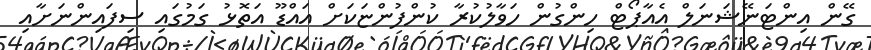
ގޭން އިންޓަނޭޝަނަލް އެއާޕޯޓް ހިންގުން ހަވާލުކުރާ ކުންފުންޏަކަށް އައްޑޫ އަތޮޅު ގަމުގައި ސިފައިންނަށާއި